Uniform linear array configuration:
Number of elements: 64
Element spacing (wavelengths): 1
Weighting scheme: hamming
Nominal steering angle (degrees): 45
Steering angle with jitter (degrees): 44.239
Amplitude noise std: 0.05
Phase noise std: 0.05

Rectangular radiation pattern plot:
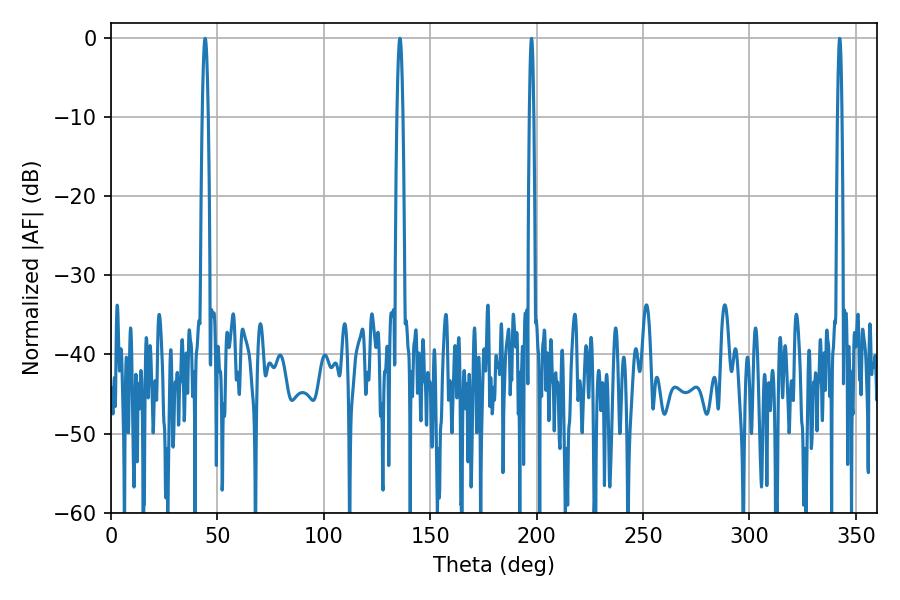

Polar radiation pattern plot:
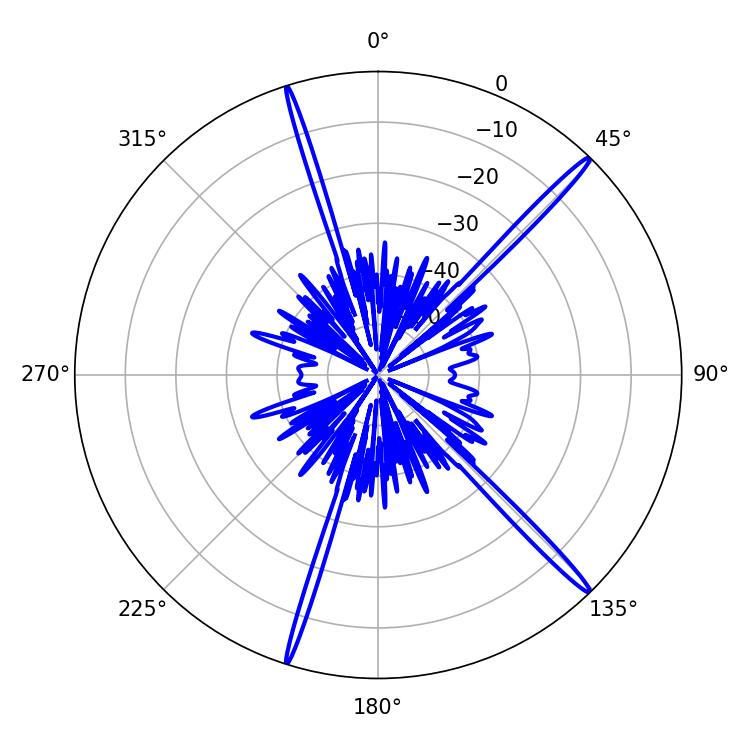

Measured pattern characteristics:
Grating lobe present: TRUE
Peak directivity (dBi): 18.494
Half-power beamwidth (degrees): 1.44
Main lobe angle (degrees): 44.28